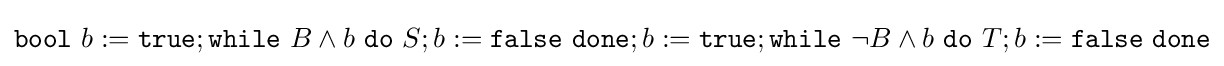
{\texttt {bool}}\ b:={\texttt {true}};{\texttt {while}}\ B\wedge b\ {\texttt {do}}\ S;b:={\texttt {false}}\ {\texttt {done}};b:={\texttt {true}};{\texttt {while}}\ \neg B\wedge b\ {\texttt {do}}\ T;b:={\texttt {false}}\ {\texttt {done}}